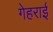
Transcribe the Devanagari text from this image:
गेहराई